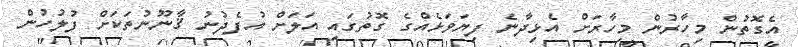
އެގޮތުން މިހާރުން މިހާރަށް އެޅިދާނެ ފިޔަވަޅެއްގެ ގޮތުގައި އަލަށް އުފެދުނު ޤާނޫނުތަކަށް ފުލުހުން